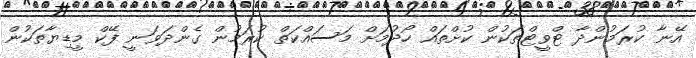
އޭނާ ކުރަމުންދާ ޓްވީޓްތަކުން ކުށްތައް ހޯދުމަށް މަސައްކަތް ކުރަމުން ގެންދަވަނީ ފޭކް މީޑިޔާތަކުން